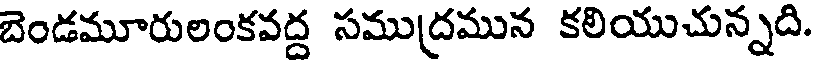
బెండమూరులంకవద్ద సముద్రమున కలియుచున్నది.